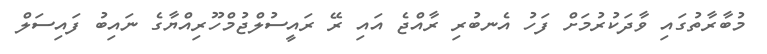
މުބާރާތުގައި ވާދަކުރުމަށް ފަހު އެނބުރި ރާއްޖެ އައި ރޭ ރައީސުލްޖުމްހޫރިއްޔާގެ ނައިބު ފައިސަލް